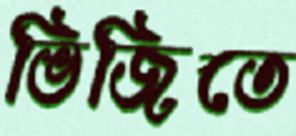
ভিজিতে